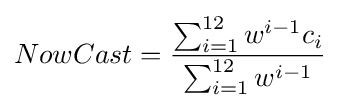
NowCast={\frac {\sum _{i=1}^{12}w^{i-1}c_{i}}{\sum _{i=1}^{12}w^{i-1}}}